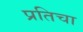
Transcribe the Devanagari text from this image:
प्रतिचा